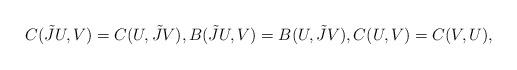
LaTeX: \begin{align*}C(\tilde{J}U,V)=C(U,\tilde{J}V),B(\tilde{J}U,V)=B(U,\tilde{J}V),C(U,V)=C(V,U), \end{align*}